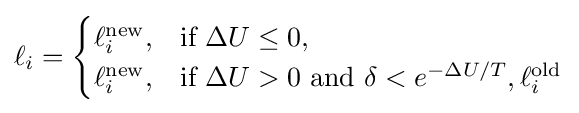
\ell _{i}={\begin{cases}\ell _{i}^{\text{new}},&{\text{if }}\Delta U\leq 0,\\\ell _{i}^{\text{new}},&{\text{if }}\Delta U>0{\text{ and }}\delta <e^{-\Delta U/T},\ell _{i}^{\text{old}}\end{cases}}